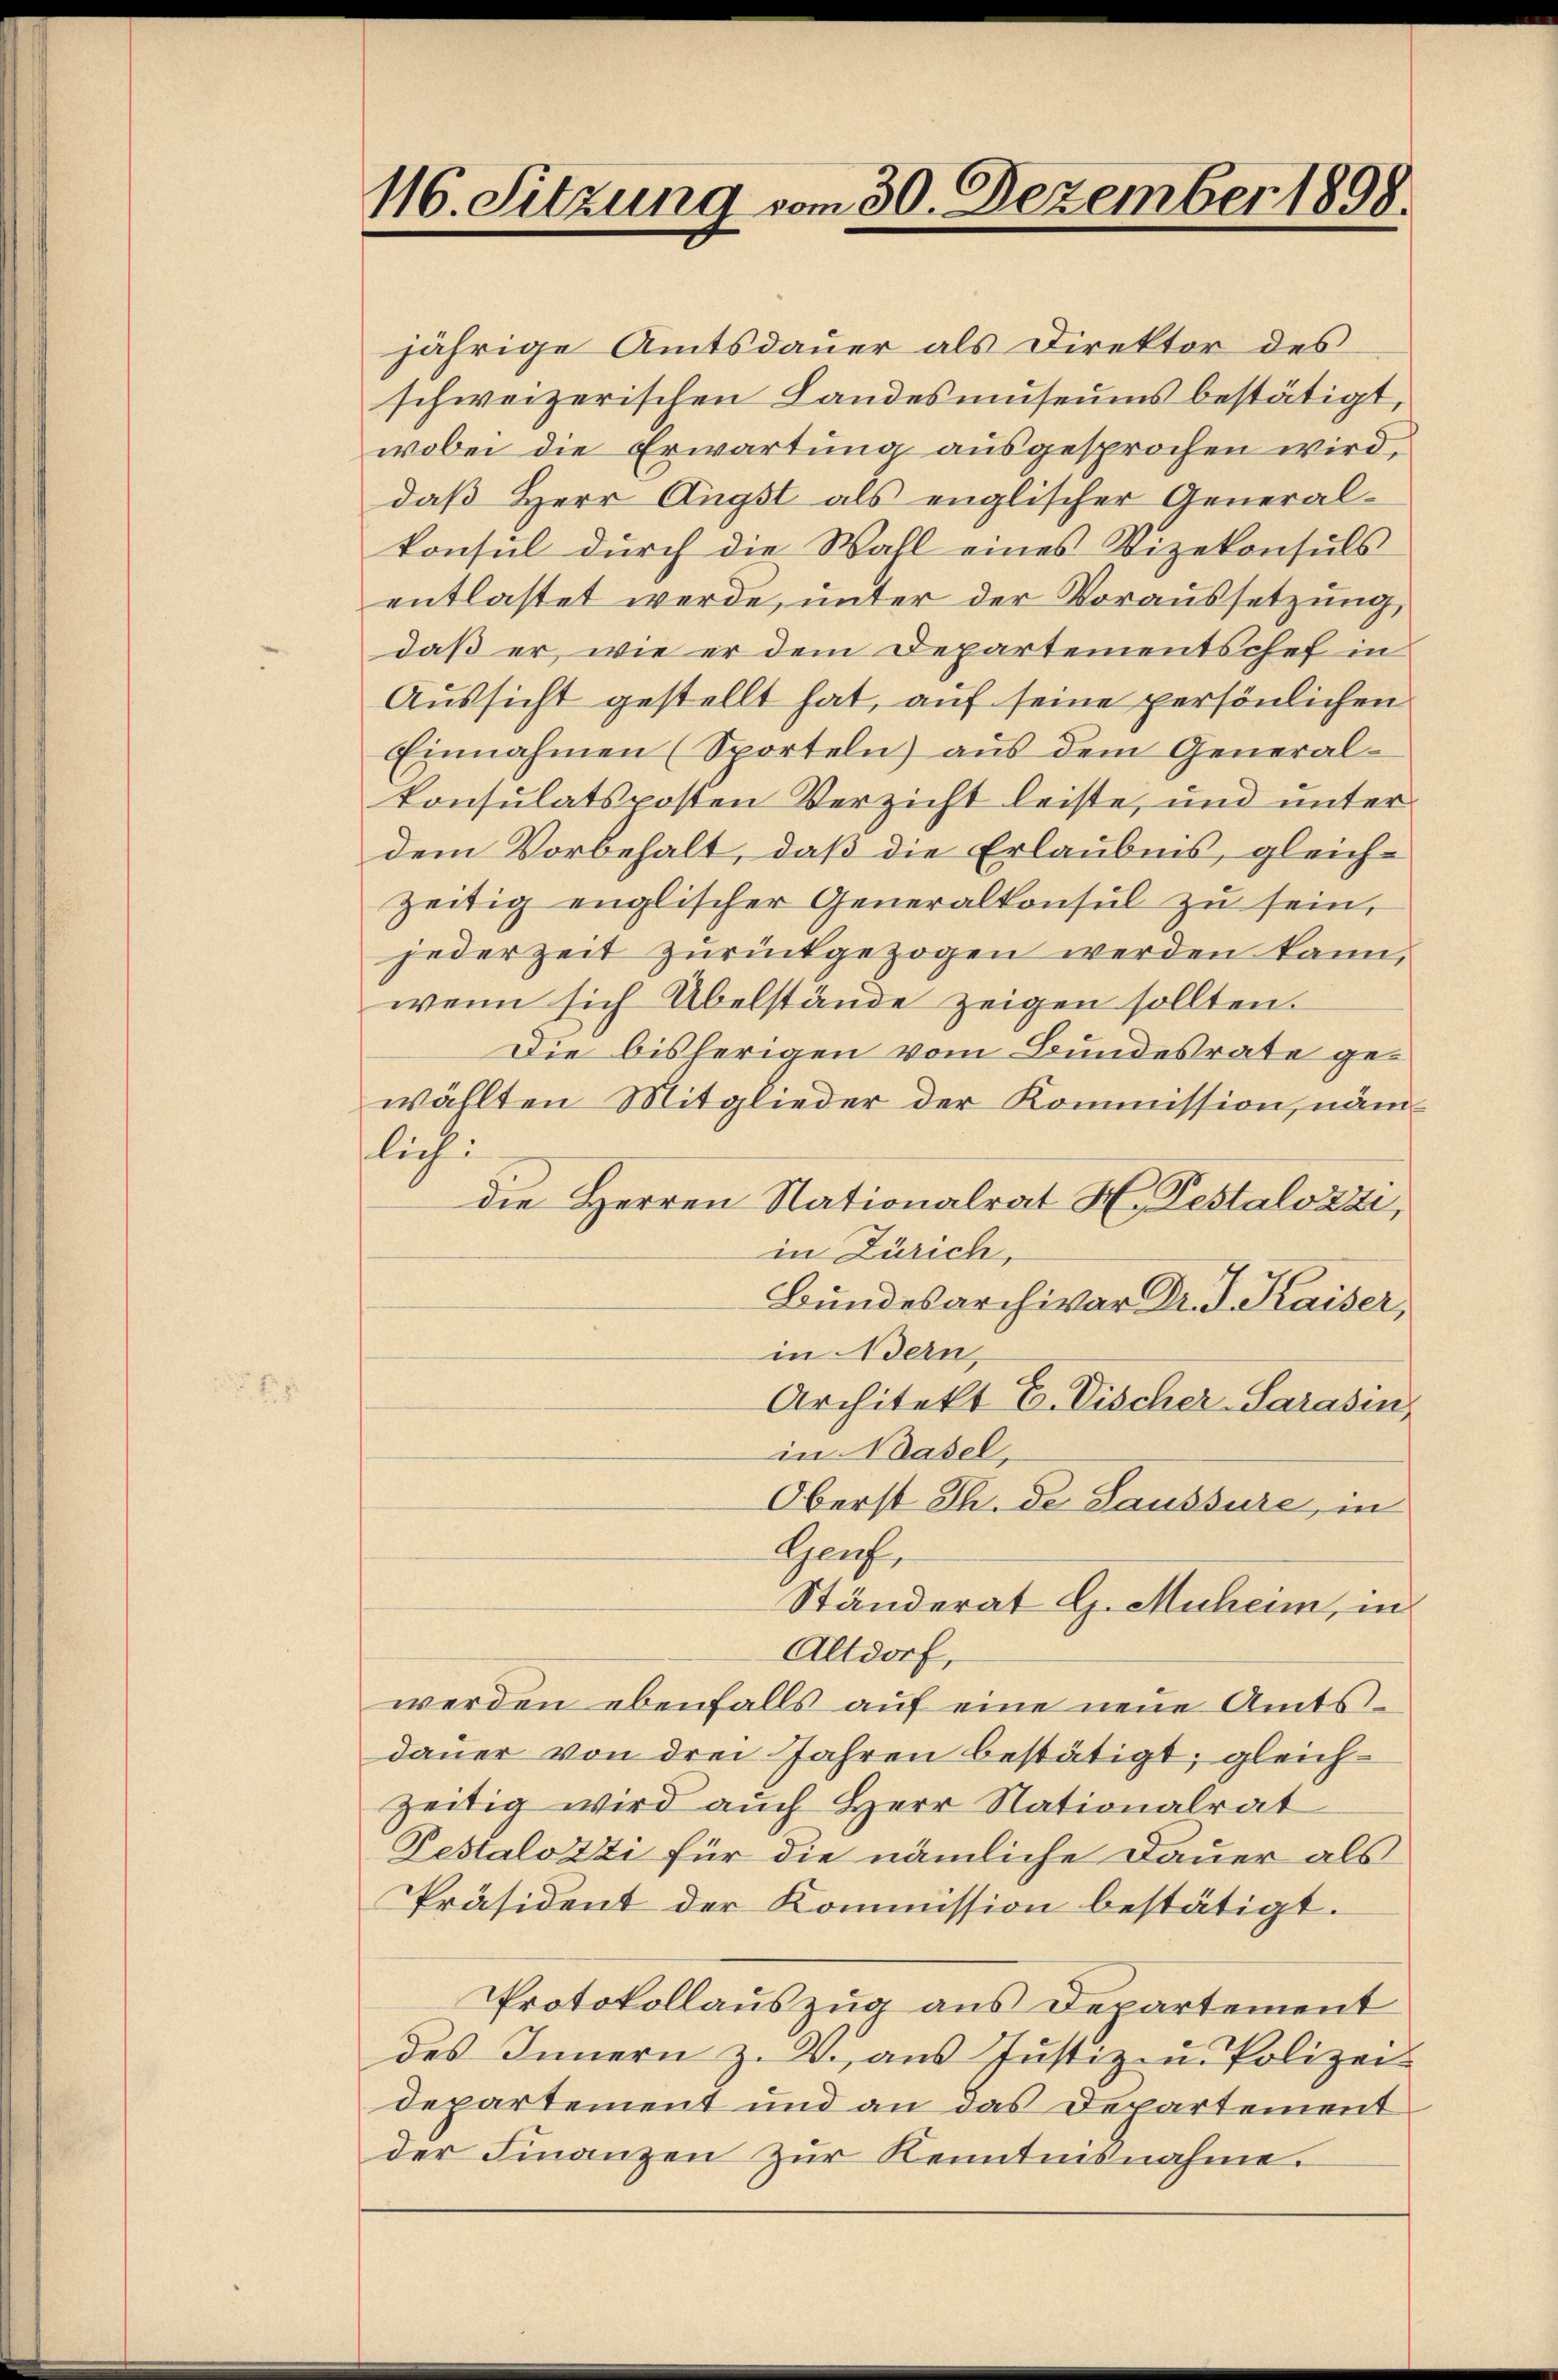
116. Sitzung vom 30. Dezember 1898.

jährige Amtsdauer als Direktor des
schweizerischen Landesmuseums bestätigt,
wobei die Erwartung ausgesprochen wird,
daß Herr Angst als englischer Generalkonsul durch die Wahl eines Vizekonsuls
entlastet werde, unter der Voraussetzung,
daß er, wie er dem Departementschef in
Aussicht gestellt hat, auf seine persönlichen
Einnahmen (Sporteln aŭs dem General-
konsulatskosten Verzicht leiste, und unter
dem Vorbehalt, daß die Erlaubnis, gleich-
zeitig englischer Generalkonsul zu sein,
jederzeit zurückgezogen werden kann,
wenn sich Übelstände zeigen sollten.
Die bisherigen vom Bundesrate gewählten Mitglieder der Kommission, näm
liechi
die Herren Nationalrat H. Testalozzi,
in Zürich,
Bundesarchivar Dr. J. Kaiser,
in Bern,
Architekt E. Vischer-Sarasen,
in Basel.
Oberst Th. de Saussure, in
Genf,
Ständerat G. Muheim, in
Altdorf,
werden ebenfalls aŭf eine neue Amts-
dauer von drei Jahren bestätigt; gleichzeitig wird auch Herr Nationalrat
Pestalozzi für die nämliche Dauer als
Präsident der Kommission bestätigt.
Protokollauszug aus Departement
des Innern z. V. aus Justiz- u. Polizei-
departement und an das Departement
der Finanzen zur Kenntnisnahme.